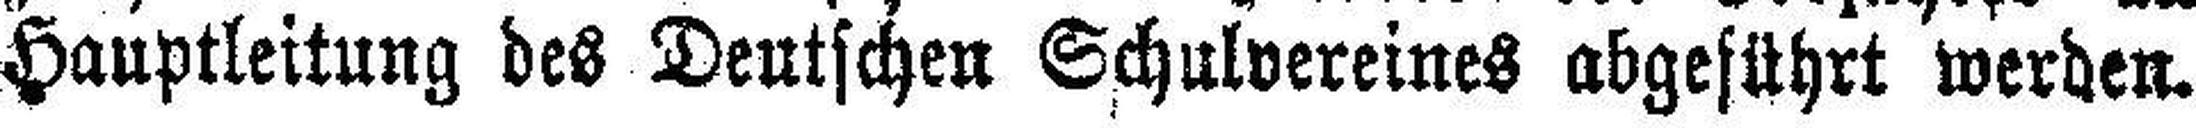
Hauptleitung des Deutschen Schulvereines abgeführt werden.